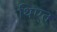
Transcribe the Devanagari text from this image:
थिएत